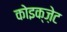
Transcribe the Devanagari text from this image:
कोइक्ज़ेट